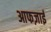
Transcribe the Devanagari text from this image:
आफज़ाई